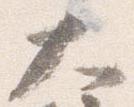
大